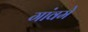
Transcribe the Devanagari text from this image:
गांवमे